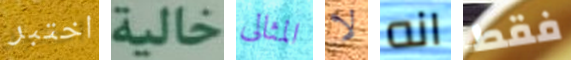
اختبر خالية المثالى لا انه فقط